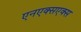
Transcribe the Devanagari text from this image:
एनएक्सएक्स